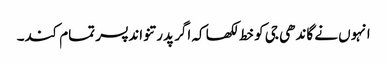
انہوں نے گاندھی جی کو خط لکھا کہ اگر پدرتنواند پسر تمام کند۔